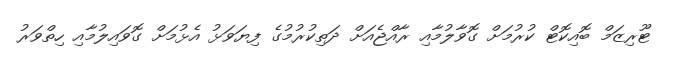
ޓޫރިޒަމް ބޮއިކޮޓް ކުރުމަށް ގޮވާލުމާއި ރާއްޖެއަށް ދަތިކުރުމުގެ ފިޔަވަޅު އެޅުމަށް ގޮވައިލުމާއި ހިތްވަރު